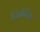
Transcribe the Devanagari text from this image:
किपिंग